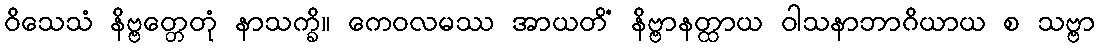
ဝိသေသံ နိဗ္ဗတ္တေတုံ နာသက္ခိ။ ကေဝလမဿ အာယတိံ နိဗ္ဗာနတ္ထာယ ဝါသနာဘာဂိယာယ စ သဗ္ဗာ